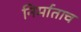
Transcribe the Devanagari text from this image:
निर्माताच